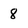
Character: 8